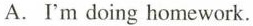
A.I'm doing homework.